Bréfritari: Gunnlaugur Oddsson
Dagsetning: A-1876-10-29
Skrifað á: Akureyri  Eyf.

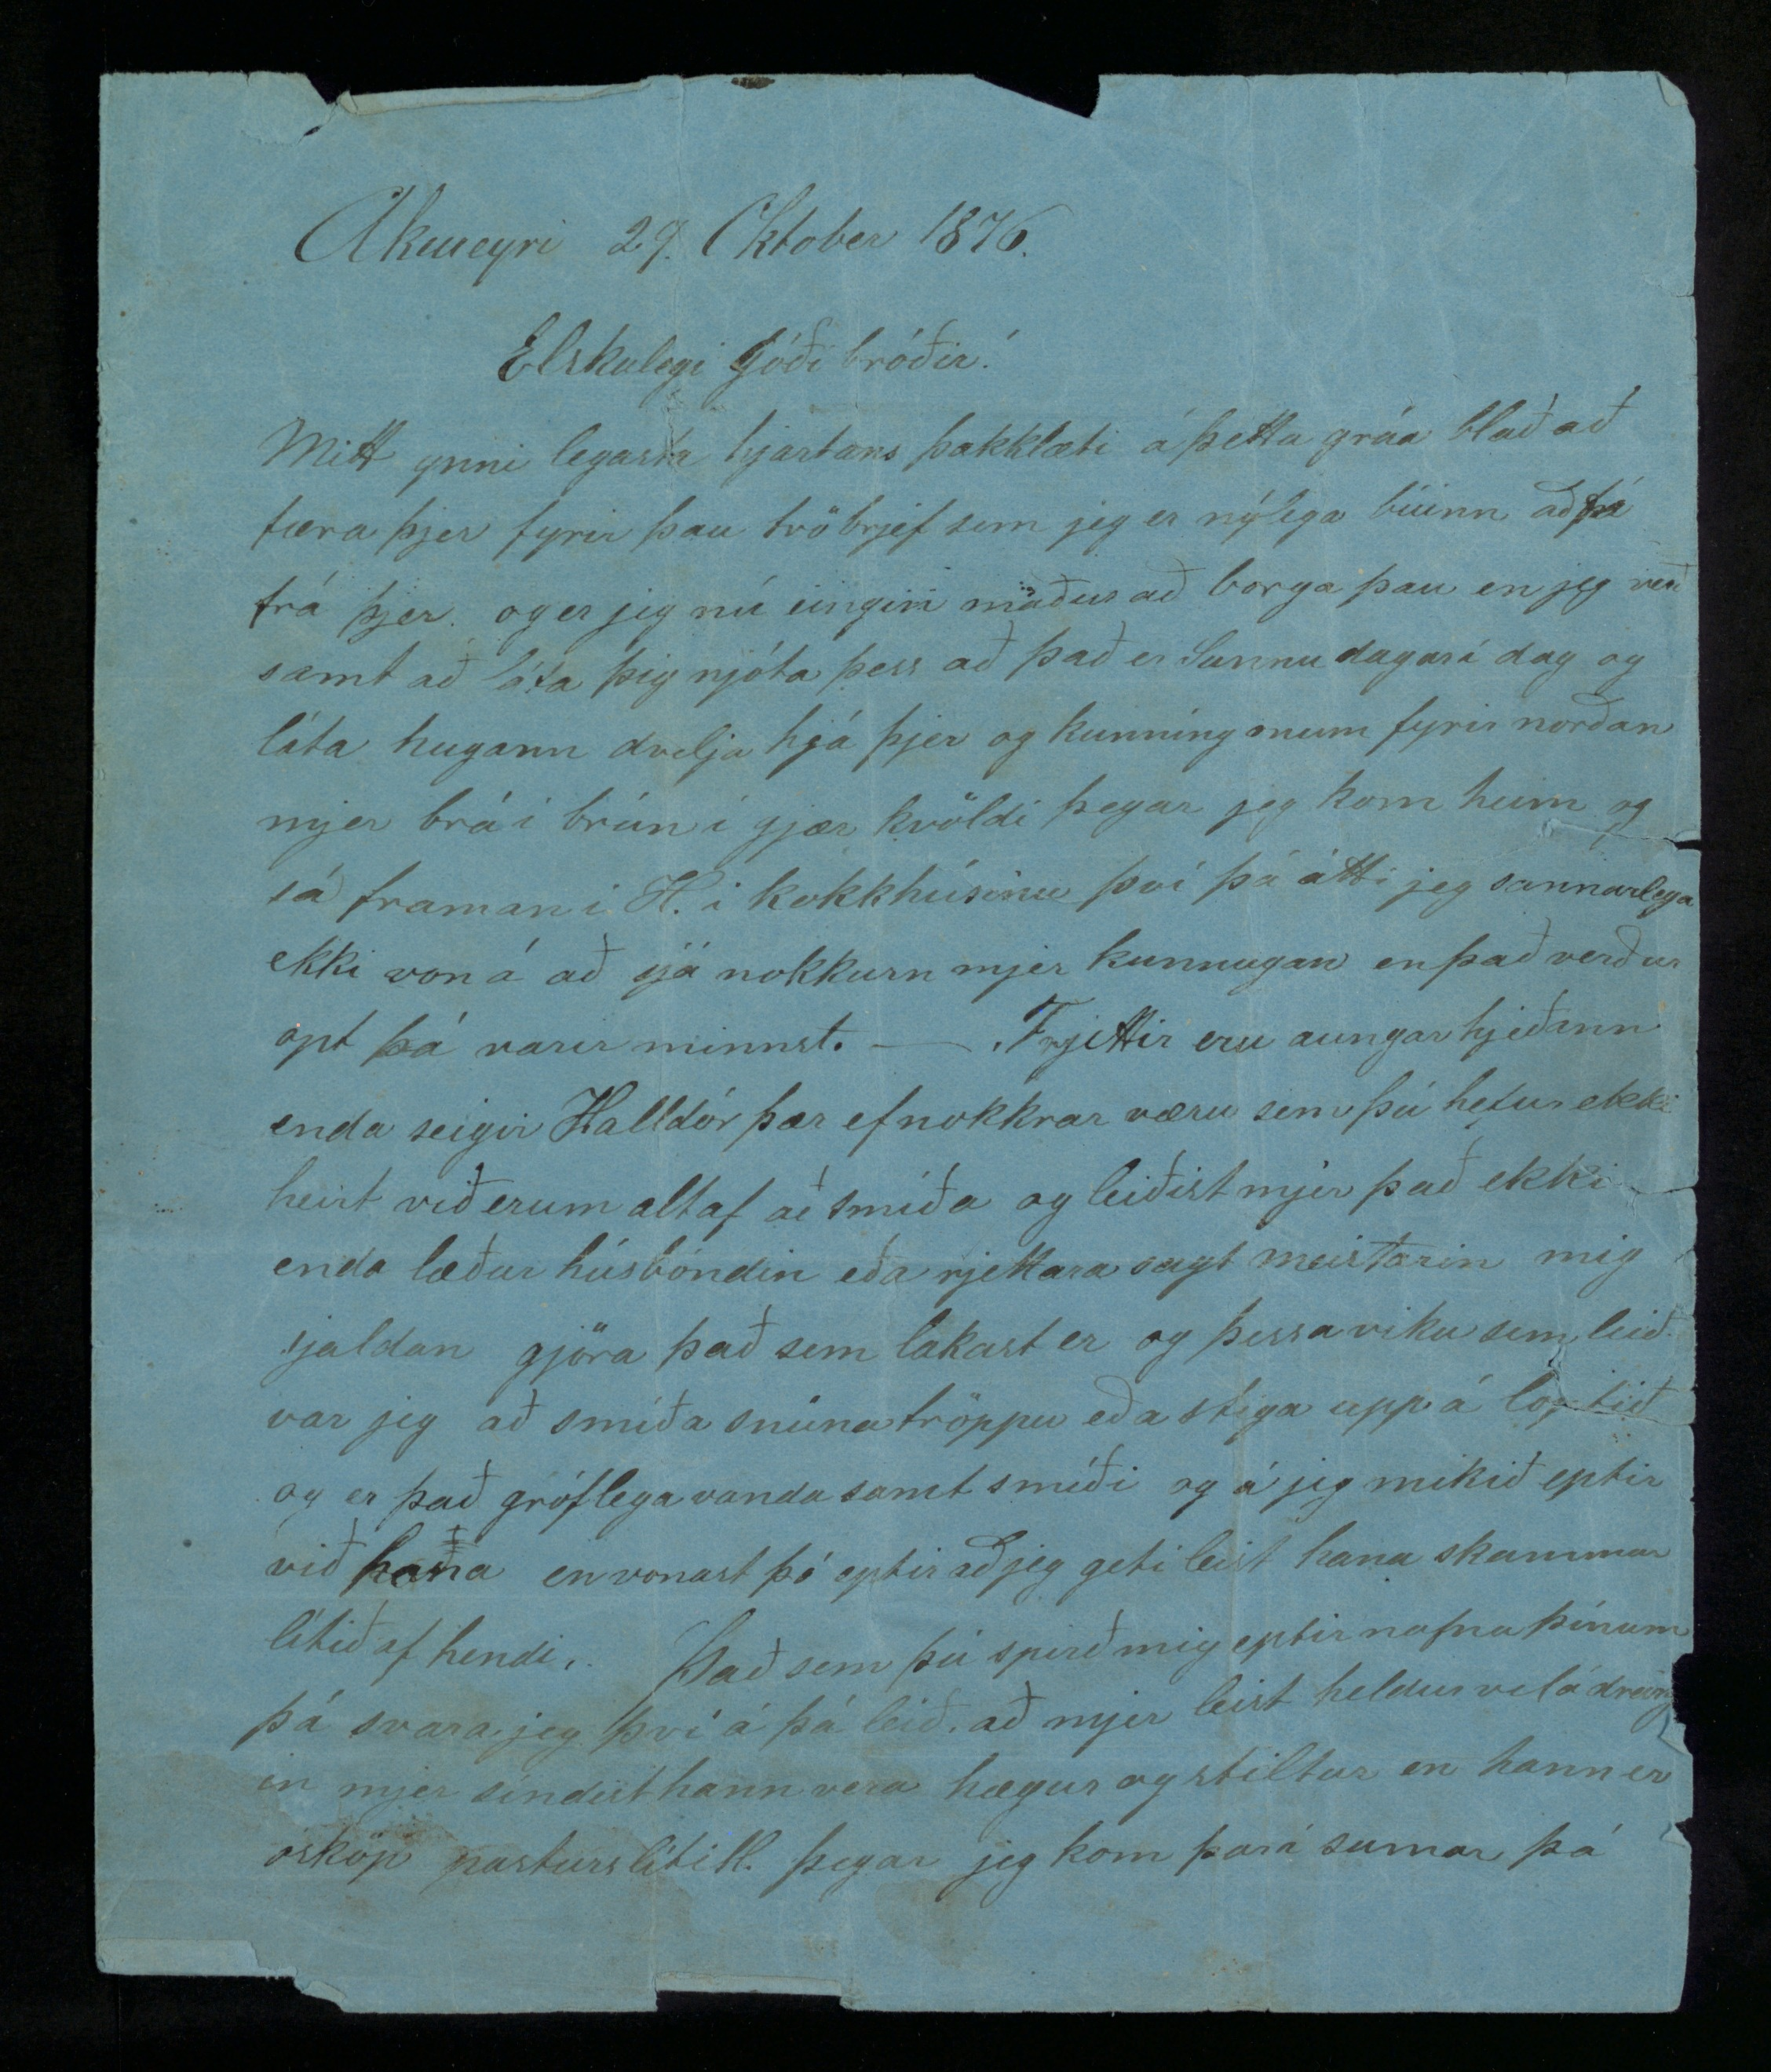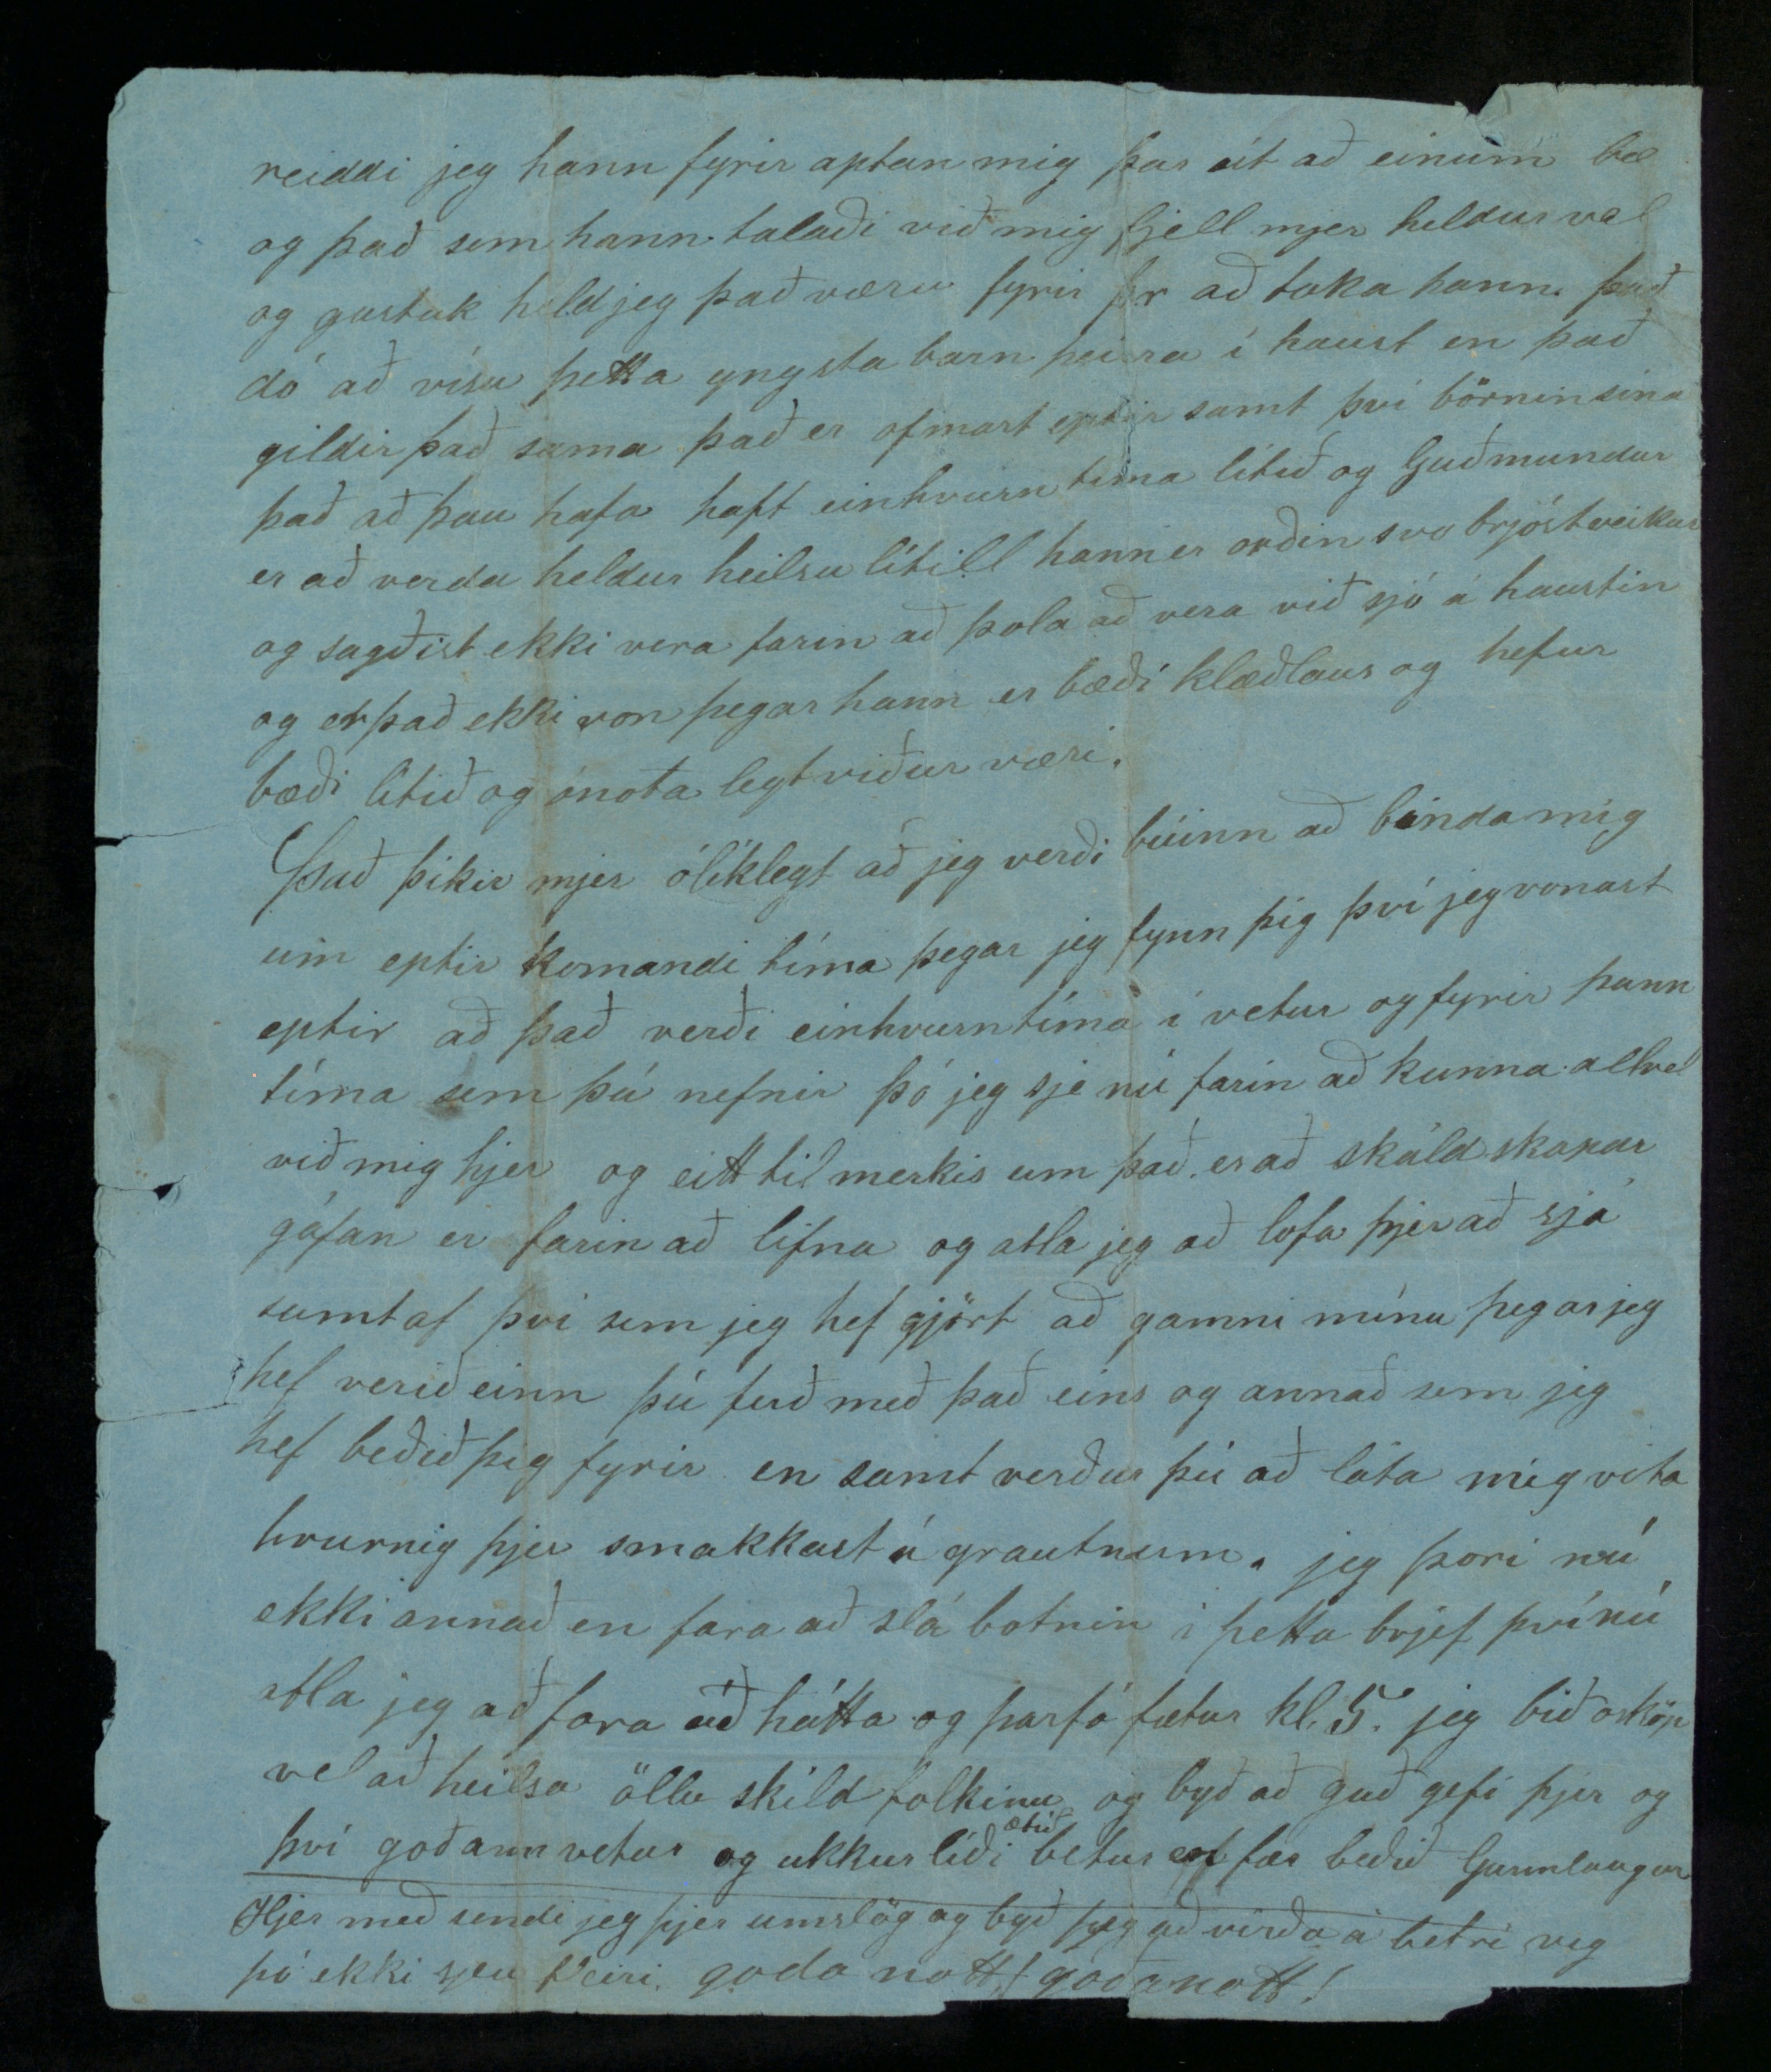

Akureyri 29. Oktober 1876
Elskulegi góði bróðir!
Mitt ynni legasta hjartans þakklæti á þetta gráa blað að færa þjer fyrir þau tvö brjef sem jeg er nýlega búinn að fá frá þjer og er jeg nú eingin maður að borga þau en jeg verð samt að láta þig njóta þess að það er Sunnudagur í dag og láta hugann dvelja hjá þjer og kunningonum fyrir norðan mjer brá í brún í gjær kvöldi þegar jeg kom heim og sá framan í H. í kokkhúsinu því þá átti jeg sannarlega ekki von á að sjá nokkurn mjer kunnugan en það verður opt þá varir minnst. - Frjettir eru aungar jeðann enda seigir Halldór þær ef nokkrar væri sem þú hefur ekki heirt við erum altaf að smíða og leiðist mjer það ekki enda
læður
húsbóndin eða rjettara sagt meistarin mig sjaldan gjöra það sem lakast er og þessa viku sem leið var jeg að smíða snúnatröppu eða stiga upp á loptið og er það gróflega vandasamt smíði og á jeg mikið eptir við hana en vonast þó eptir að jeg geti leist hana skammar lítið af hendi. Það sem þú spirð mig eptir nafna þínum þá svara jeg því á þá leið að mjer leist heldur vel á dreingin mjer síndist hann vera hægur og stiltur en hann er ósköp pasturslítill þegar jeg kom þar í sumar þá
reiddi jeg hann fyrir aptan mig þar út að einum bæ og það sem hann talaði við mig fjell mjer heldur vel og gustuk held jeg það væru fyrir
þr
að taka hann það dó að vísu þetta yngsta barn þeirra í haust en það gildir það sama það er of mart eptir samt því börnin sína það að þau hafa haft einhvern tíma lítið og Guðmundur er að verda heldur heilsulítill hann er bæði klæðlaus og hefur bæði lítið og ónotalegt viðurværi.
Það þikir mjer ólíklegt að jeg verði búinn að binda mig um eptir komandi tíma þegar jeg fynn þig því jeg vonast eptir að það verði einhvurn tíma í vetur og fyrir þann tíma sem þú nefnir þó jeg sje nú farin að kunna allvel við mig hjer og eitt til merkis um það er að skáldskapar gáfan er farin að lifna og atla jeg að lofa jer að sjá sumt af því sem jeg hef gjört að gamni mínu þegar jeg hef verið einn þú ferð með það eins og annað sem jeg hef beðið þig fyrir en samt verður þú að láta mig vita hvurnig þjer smakkast á grautnum. jeg þori nú ekki annað en fara að slá botnin í þetta brjef því nú atla jeg að fara að hátta og þarf á fætur kl. 5. jeg bið osköp vel að heilsa öllu skild fólkinu og byð að guð gefi þjer og því goðann vetur og ukkur líði
ætíð
betur en fær beðið Gunnlaugur
Hjer með sendi jeg þjer umslög og byð þig að virða á betri veg þó ekki sjeu fleiri goða nott góða nott!
Til Snorra Oddsonar að Geitafelli